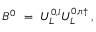
B ^ { 0 } \ = \ U _ { L } ^ { 0 , l } U _ { L } ^ { 0 , n \dagger } \, ,